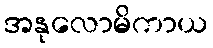
အနုလောမိကာယ